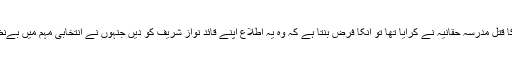
وفاقی وزیر کو پتہ ہے کہ بےنظیر کا قتل مدرسہ حقانیہ نے کرایا تھا تو انکا فرض بنتا ہے کہ وہ یہ اطلاع اپنے قائد نواز شریف کو دیں جنہوں نے انتخابی مہم میں بےنظیر کے قاتل پکڑنے کا وعدہ کیا تھا۔